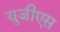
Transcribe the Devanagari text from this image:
युजीएस